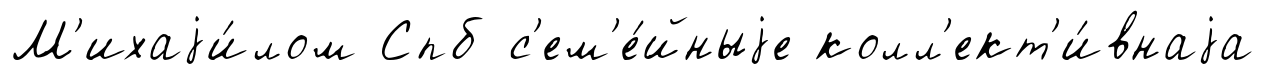
М'ихаjи́лом Спб с'ем'е́йныjе колл'ект'и́внаjа